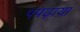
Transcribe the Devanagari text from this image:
पपढ़ाया